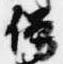
僧